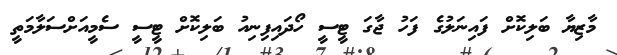
މާޒިޔާ ބަލިކޮށް ފަައިނަލުގެ ފަހު ޖާގަ ޓީސީ ހޯދައިފިނިއު ބަލިކޮށް ޓީސީ ސެމީއަށްސަލާމަތީ